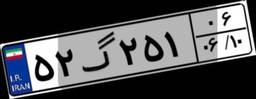
۲۶گ۲۲۵۳۸